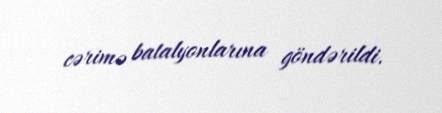
cərimə batalyonlarına göndərildi.